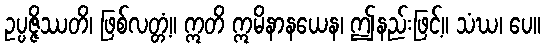
ဥပ္ပဇ္ဇိဿတိ၊ ဖြစ်လတ္တံ့။ ဣတိ ဣမိနာနယေန၊ ဤနည်းဖြင့်။ သံဃ၊ ပေ။